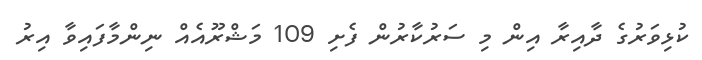
ކުޅިވަރުގެ ދާއިރާ އިން މި ސަރުކާރުން ފެށި 109 މަޝްރޫއެއް ނިންމާފައިވާ އިރު